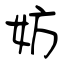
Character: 妨